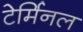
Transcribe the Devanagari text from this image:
टेर्मिनल